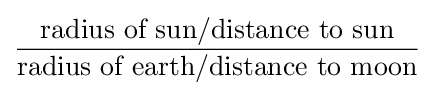
{\frac {\text{radius of sun/distance to sun}}{\text{radius of earth/distance to moon}}}